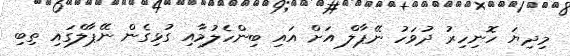
މިދިޔަ ހޮނިހިރު ދުވަހު ނޭޕާލް އަށް އައި ބިންހެލުމާއި ގުޅިގެން ނޭޕާލްގައި ތިބި